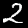
Label: 2